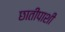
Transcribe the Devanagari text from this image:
छातीपाशी